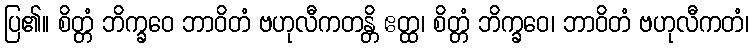
ပြ၏။ စိတ္တံ ဘိက္ခဝေ ဘာဝိတံ ဗဟုလီကတန္တိ ဧတ္ထ၊ စိတ္တံ ဘိက္ခဝေ၊ ဘာဝိတံ ဗဟုလီကတံ၊